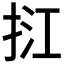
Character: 𢬥